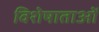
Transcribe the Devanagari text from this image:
विशेषाताओं